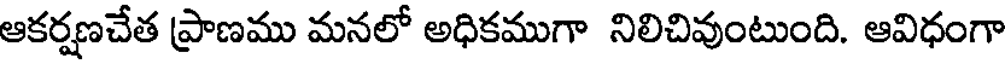
ఆకర్షణచేత ప్రాణము మనలో అధికముగా నిలిచివుంటుంది. ఆవిధంగా